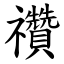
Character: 禶